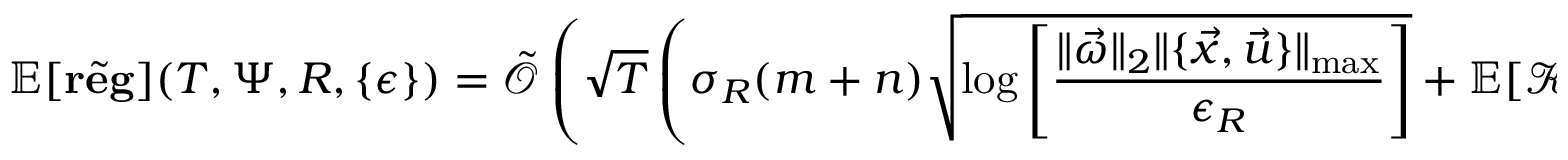
\mathbb { E } [ \tilde { \mathbf { r e g } } ] ( T , \Psi , R , \{ \epsilon \} ) = \tilde { \mathcal { O } } \left( \sqrt { T } \left( \sigma _ { R } ( m + n ) \sqrt { \log \left[ \frac { \| \vec { \omega } \| _ { 2 } \| \{ \vec { x } , \vec { u } \} \| _ { \operatorname* { m a x } } } { \epsilon _ { R } } \right] } + \mathbb { E } [ \mathcal { K } ] \sigma _ { \psi } n \sqrt { \log \left[ \frac { n \| \mathbf { A } \| _ { 1 } \| \mathbf { A } \| _ { \infty } \| \vec { x } \| _ { \operatorname* { m a x } } } { \epsilon _ { \psi } } \right] } \right) \right)